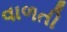
વાળતી